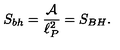
S _ { b h } = { \frac { \cal A } { \ell _ { P } ^ { 2 } } } = S _ { B H } .